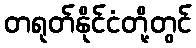
တရုတ်နိုင်ငံတို့တွင်